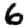
Digit: 6